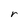
Character: r